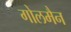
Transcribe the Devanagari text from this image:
गोलमैन